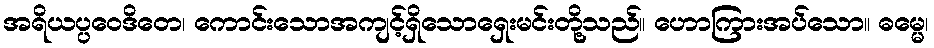
အရိယပ္ပဝေဒိတေ၊ ကောင်းသောအကျင့်ရှိသောရှေးမင်းတို့သည်။ ဟောကြားအပ်သော။ ဓမ္မေ၊